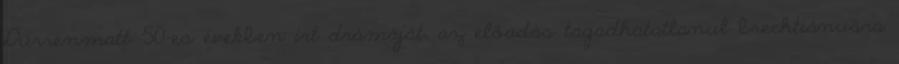
Dürrenmatt ’50-es években írt drámáját, az előadás tagadhatatlanul brechtiánusra